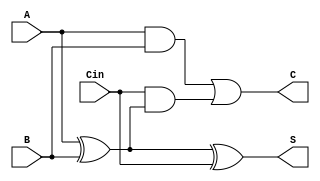
module basic_csa (
    input wire [3:0] A,      // 4-bit operand A
    input wire [3:0] B,      // 4-bit operand B
    input wire [3:0] Cin,    // 4-bit carry input
    output wire [3:0] S,     // 4-bit sum output
    output wire [3:0] C       // 4-bit carry output
);
    assign S = A ^ B ^ Cin;                  // Sum = A XOR B XOR Cin
    assign C = (A & B) | (Cin & (A ^ B));    // Carry = (A AND B) OR (Cin AND (A XOR B))
endmodule